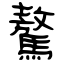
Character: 驁